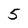
Character: 5